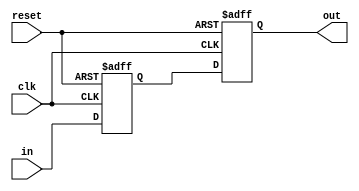
module synchronizer (/*AUTOARG*/
   // Outputs
   out,
   // Inputs
   in, clk, reset
   );

   parameter DW = 32;
   
   //Input Side   
   input  [DW-1:0] in;   
   input           clk;
   input 	   reset;
   
   //Output Side
   output [DW-1:0] out;

   //Three stages
   reg [DW-1:0] sync_reg0;
   reg [DW-1:0] out;
     
   //We use two flip-flops for metastability improvement
   always @ (posedge clk or posedge reset)
     if(reset)
       begin
	  sync_reg0[DW-1:0] <= {(DW){1'b0}};
	  out[DW-1:0]       <= {(DW){1'b0}};
	 end
     else
       begin
	  sync_reg0[DW-1:0] <= in[DW-1:0];
	  out[DW-1:0]       <= sync_reg0[DW-1:0];
       end
   

endmodule